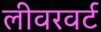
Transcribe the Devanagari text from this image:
लीवरवर्ट